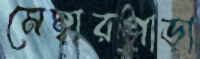
মেম্বারপাড়া